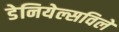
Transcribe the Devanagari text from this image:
डेनियेल्सविले